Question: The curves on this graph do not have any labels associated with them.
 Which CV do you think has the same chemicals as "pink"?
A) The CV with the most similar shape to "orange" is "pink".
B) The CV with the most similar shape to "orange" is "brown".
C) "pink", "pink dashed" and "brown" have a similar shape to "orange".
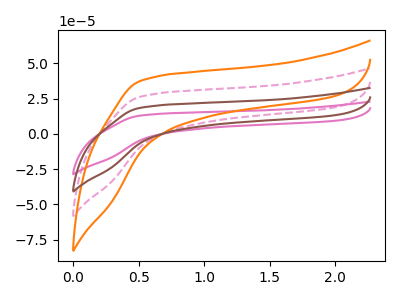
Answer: <think>The pink curve "pink" has no peaks. The pink dashed curve "pink dashed" has no peaks. The orange curve "orange" has no peaks. The brown curve "brown" has no peaks.
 Neither "pink" or "pink dashed" have any peaks. Neither "pink" or "orange" have any peaks. Neither "pink" or "brown" have any peaks. Neither "pink dashed" or "orange" have any peaks. Neither "pink dashed" or "brown" have any peaks. Neither "orange" or "brown" have any peaks.</think>
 <answer>C) "pink", "pink dashed" and "brown" have a similar shape to "orange".</answer>
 <eval>C</eval>